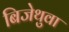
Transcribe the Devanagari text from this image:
बिजेथुवा